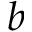
b